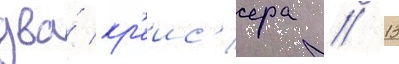
два́ кр'еис'ера // 13